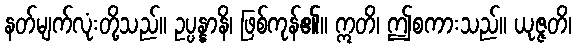
နတ်မျက်လုံးတို့သည်။ ဥပ္ပန္နာနိ၊ ဖြစ်ကုန်၏။ ဣတိ၊ ဤစကားသည်။ ယုဇ္ဇတိ၊